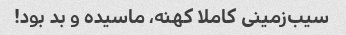
سیب‌زمینی کاملا کهنه، ماسیده و بد بود!